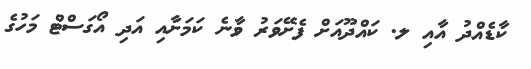
ކާޑެއްދު އާއި ލ. ކައްދޫއަށް ފެށޭވަރު ވާނެ ކަމަށާއި އަދި އޯގަސްޓް މަހުގެ